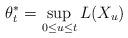
LaTeX: \begin{align*}\theta_{t}^{\ast}=\sup_{0\leq u\leq t}L(X_{u}) \end{align*}